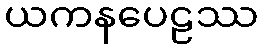
ယကနပေဠဿ